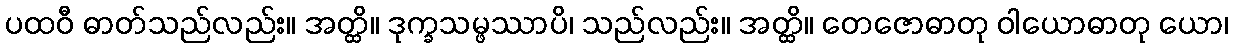
ပထဝီ ဓာတ်သည်လည်း။ အတ္ထိ။ ဒုက္ခသမ္ဖဿာပိ၊ သည်လည်း။ အတ္ထိ။ တေဇောဓာတု ဝါယောဓာတု ယော၊